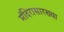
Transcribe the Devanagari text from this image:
मंदिरासारख्या